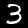
Digit: 3